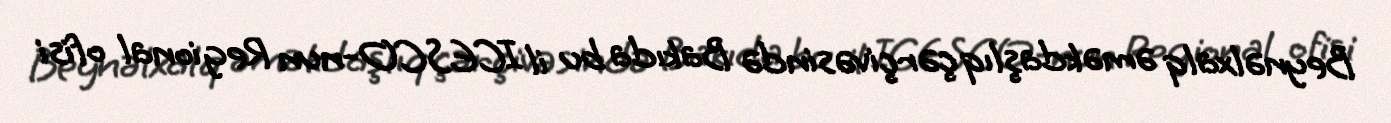
Beynəlxalq əməkdaşlıq çərçivəsində Bakıda bu il ICESCO-nun Regional ofisi